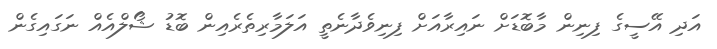
އަދި އޭސީގެ ފިނިން މާބޮޑަށް ނައިރާއަށް ފިނިވެދާނެތީ އަލަމާރިތެރެއިން ބޮޑު ޝޯލްއެއް ނަގައިގެން